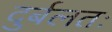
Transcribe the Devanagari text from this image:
दुर्बलतः